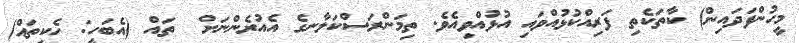
މީހުންފަދައިން) ކާތަކެތި ފަރިއްކުޅުއްވައި އުޅުއްވިއެވެ. ތިމަންރަސްކަލާނގެ އެއުރެންނަށް  ތައް (އެބަހީ: ހެކިތައް)